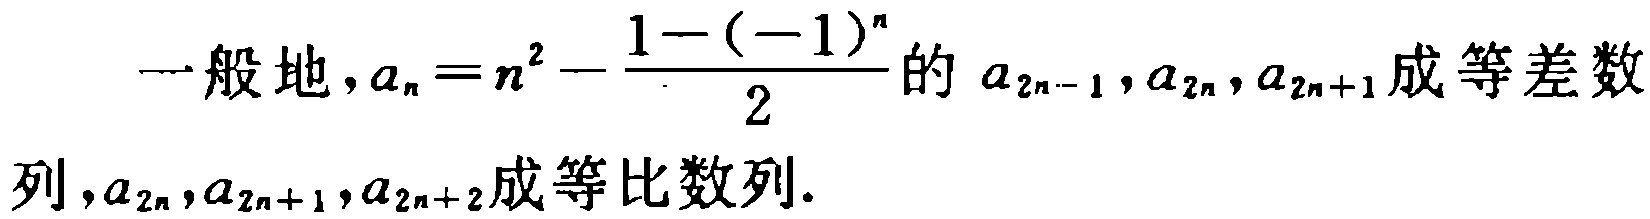
一般地，\(a_{n}=n^{2}-\frac{1 - (-1)^{n}}{2}\)的\(a_{2n - 1},a_{2n},a_{2n + 1}\)成等差数列，\(a_{2n},a_{2n + 1},a_{2n + 2}\)成等比数列.